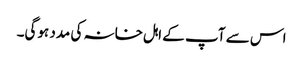
اس سے آپ کے اہل خانہ کی مدد ہوگی۔